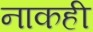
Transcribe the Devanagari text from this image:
नाकही